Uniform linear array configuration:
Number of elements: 16
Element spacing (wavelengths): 0.5
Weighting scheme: kaiser
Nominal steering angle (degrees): -60
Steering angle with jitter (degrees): -59.66
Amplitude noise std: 0.05
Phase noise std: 0.05

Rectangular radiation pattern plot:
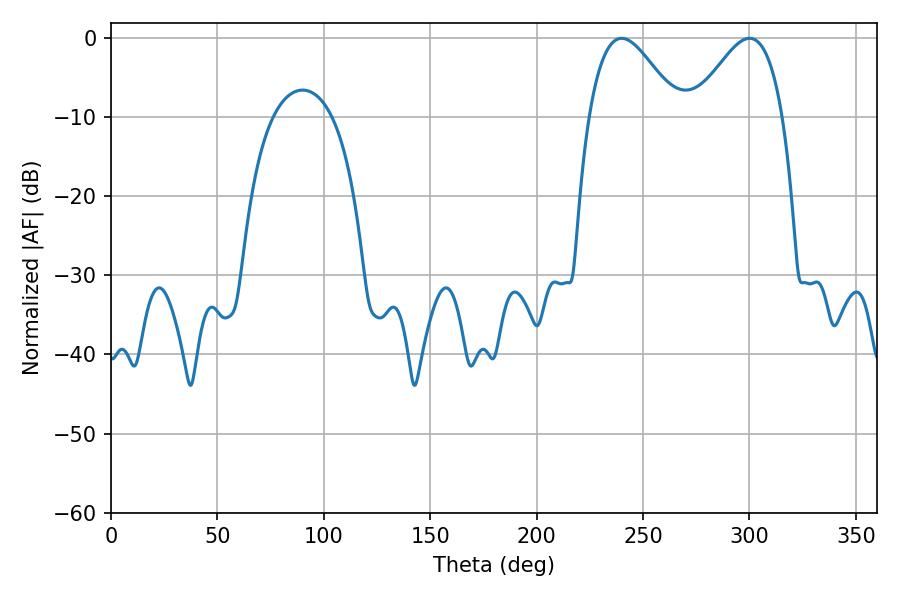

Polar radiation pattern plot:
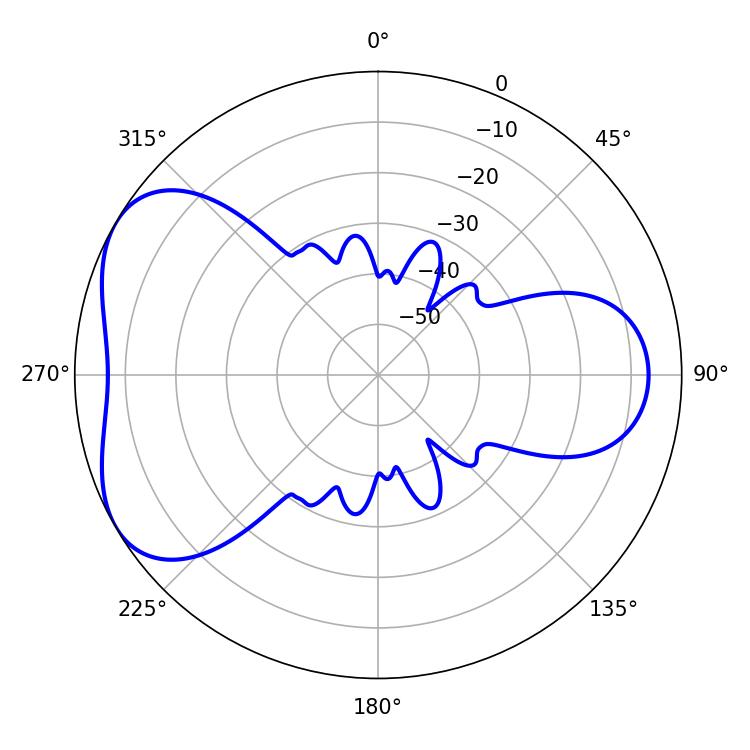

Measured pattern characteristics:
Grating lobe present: FALSE
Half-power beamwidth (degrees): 22.5
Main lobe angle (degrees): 239.94